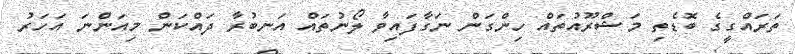
ތަރައްގީގެ ބޮޑެތި މަޝްރޫއުތައް ހިންގަން ނަގާފައިވާ ލޯނުތައް އަނބުރާ ދައްކަން މިއަންނަ އަހަރު